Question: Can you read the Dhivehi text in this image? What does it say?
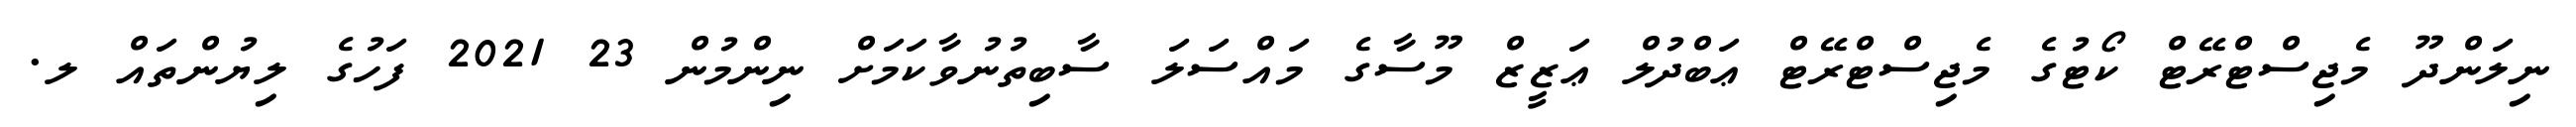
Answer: ނިލަންދޫ މެޖިސްޓްރޭޓް ކޯޓުގެ މެޖިސްޓްރޭޓް ޢަބްދުލް ޢަޒީޒް މޫސާގެ މައްސަލަ ސާބިތުނުވާކަމަށް ނިންމުން 23 2021 ފަހުގެ ލިޔުންތައް ލ.